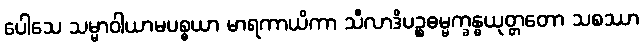
ပေါသေ သမ္မာဝါယာမပစ္စယာ မာရကာယိကာ သီလာဒိပဉ္စဓမ္မက္ခန္ဓယုတ္တတော သစဿာ